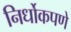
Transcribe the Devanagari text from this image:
निर्धोकपणे